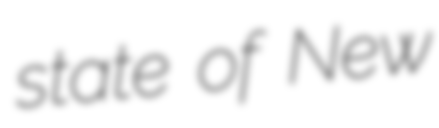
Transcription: state of New